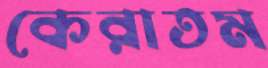
কেরাতম